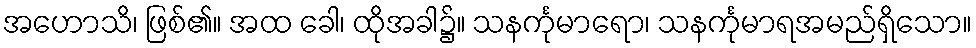
အဟောသိ၊ ဖြစ်၏။ အထ ခေါ၊ ထိုအခါ၌။ သနင်္ကုမာရော၊ သနင်္ကုမာရအမည်ရှိသော။